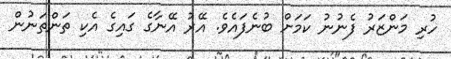
ހުރި މަންޒަރު ފެނުނު ކަމަށް ބުނެފައެވެ. އޭރު އޭނާގެ ގައިގެ އެކި ތަންތަނުން